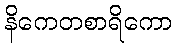
နိကေတစာရိကော